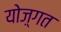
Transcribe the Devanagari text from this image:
योज़्गत